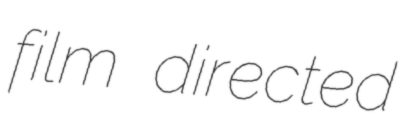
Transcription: film directed